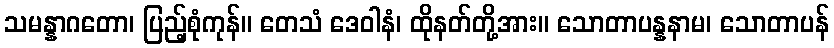
သမန္နာဂတော၊ ပြည့်စုံကုန်။ တေသံ ဒေဝါနံ၊ ထိုနတ်တို့အား။ သောတာပန္နနာမ၊ သောတာပန်